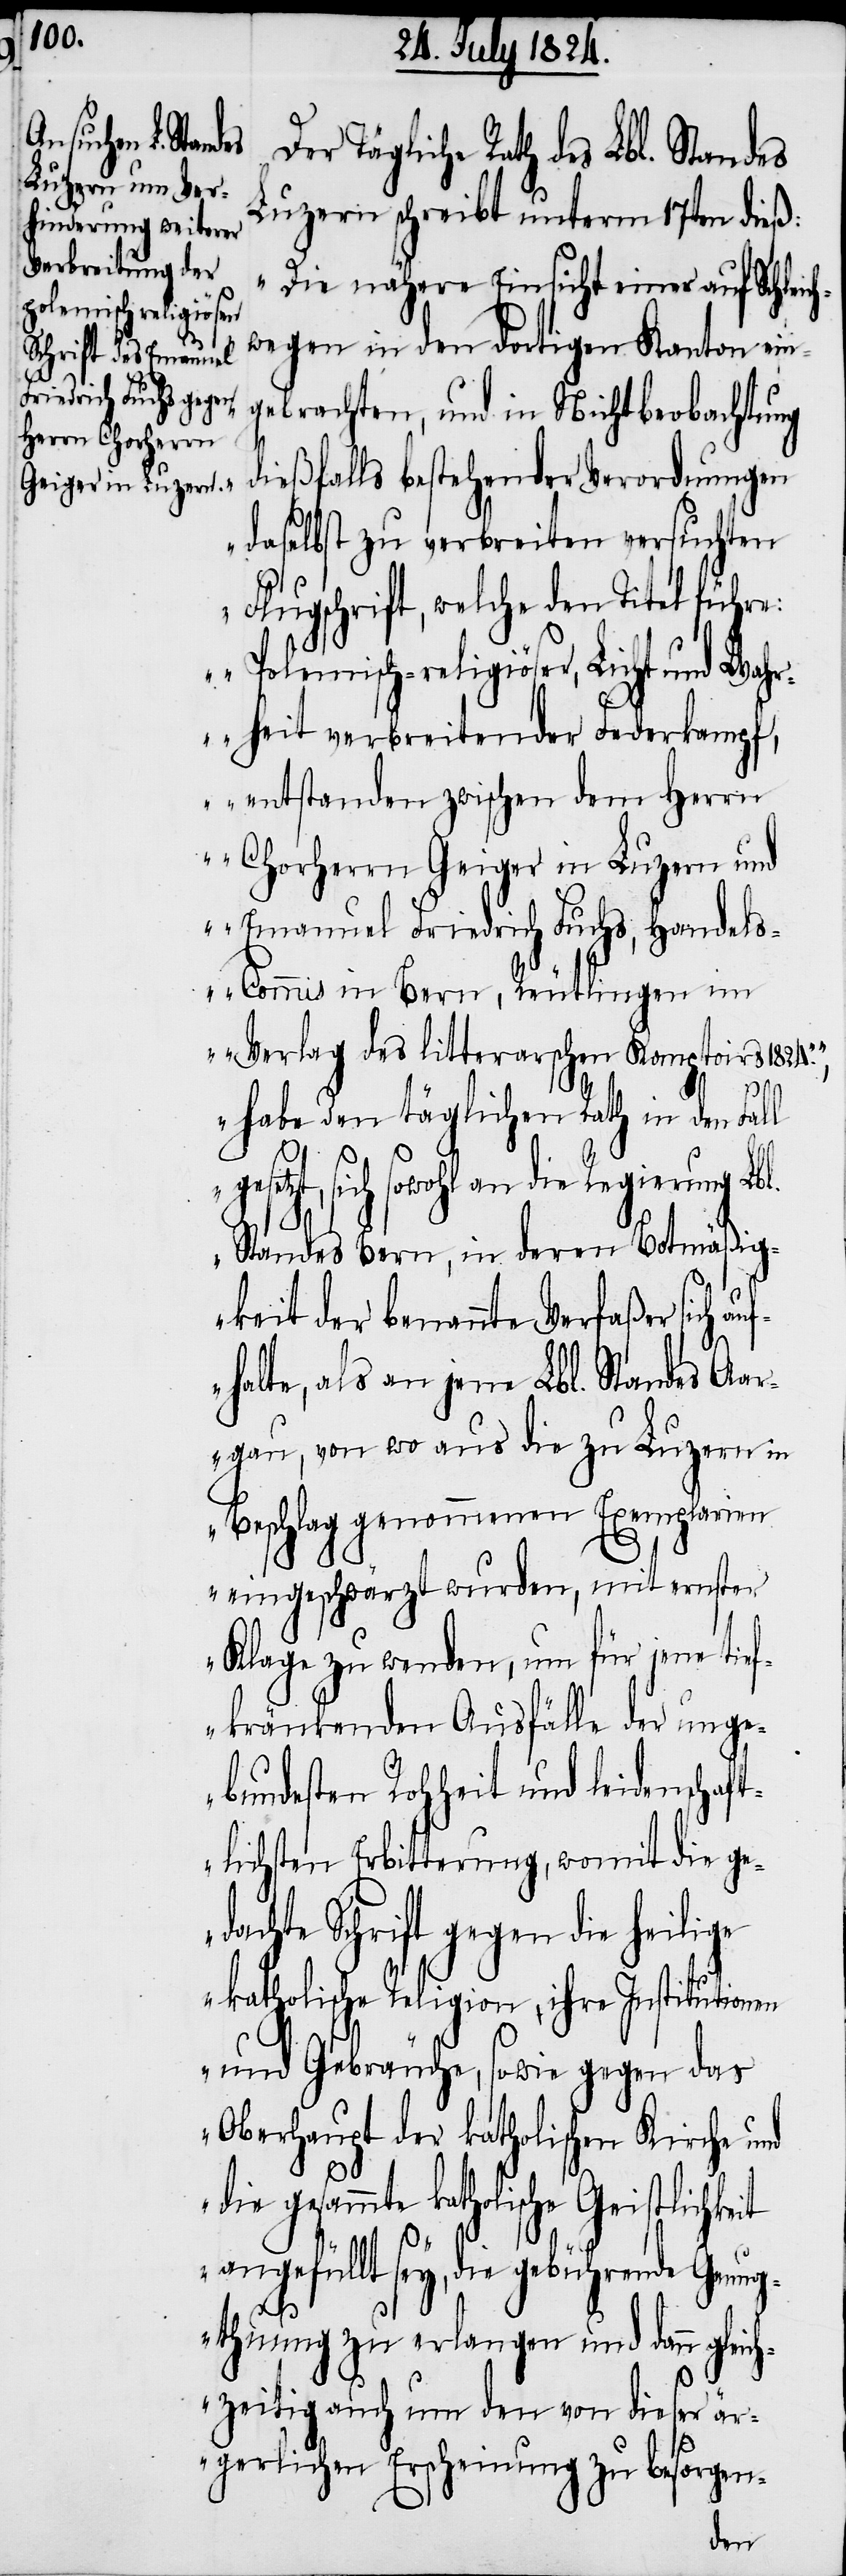
Der Tägliche Rath des Lbl. Standes
Luzern schreibt unterm 17ten dieß:
„Die nähere Einsicht einer auf Schleic¬
u¬
wegen in den dortigen Kanton ein¬
gebrachten, und in Nichtbeachtung
dießfalls bestehender Verordnungen
daselbst zu verbreiten versuchten
Flugschrift, welche den Titel führe:
„Polemisch-religiöser, Licht und Wah¬
rheit verbreitender Federkampf,
entstanden zwischen dem Herrn
Chorherrn Geiger in Luzern und
Emanuel Friedrich Fuchs, Handel¬
s-Commis in Bern, Reutlingen im
Verlag des litterarschen Komptoirs 1824.“,
habe den täglichen Rath in den Fall
gesetzt, sich sowohl an die Regierung Lbl.
Standes Bern, in deren Botmäßig¬
h¬
keit der benannten Verfaßer sich a¬
fhalte, als an jene Lbl. Standes Aar¬
gau, von wo aus die zu Luzern in
Beschlag genommenen Exemplarien
eingeschwärzt wurden, mit ernster
Klage zu wenden, um für jene tief¬
kränkenden Ausfälle der unge¬
bundesten Rohheit und leidenschaft¬
lichen Erbitterung, womit die ge¬
dachte Schrift gegen die heilige
katholische Religion, ihre Institutionen
und Gebräuche, sowie gegen das
Oberhaupt der katholischen Kirche und
die gesammte katholische Geistlichkeit
angefüllt sey, die gebührende Genug¬
thuung zu erlangen und dann gleich¬
zeitig auch um den von dieser är¬
gerlichen Erscheinung zu besorgen-